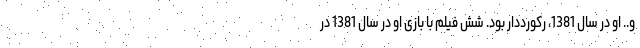
و.. او در سال 1381، رکورددار بود. شش فیلم با بازی او در سال 1381 در